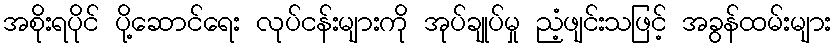
အစိုးရပိုင် ပို့ဆောင်ရေး လုပ်ငန်းများကို အုပ်ချုပ်မှု ညံ့ဖျင်းသဖြင့် အခွန်ထမ်းများ